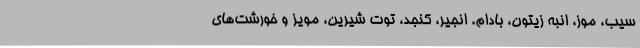
سیب، موز، انبه زیتون، بادام. انجیر، کنجد، توت شیرین، مویز و خورشت‌های